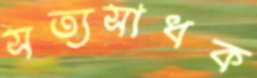
সত্যসাধক